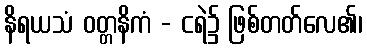
နိရယသံ ဝတ္တနိကံ - ငရဲ၌ ဖြစ်တတ်လေ၏၊